system: You are a helpful assistant.
user:
Analyze the provided spectrum to determine if it is a **Carbon Star (C-type)**.

- **Key Visual Indicators of Carbon Star:**
    - **(Primary):** Strong molecular absorption from **C₂ (diatomic carbon) "Swan Bands."** This is the **defining feature** of a carbon star.
        - **(Key Bandheads):** Sharp absorption edges are visible at approximately $5635$ Å, $5165$ Å (the strongest band), and $4737$ Å.
        - **(Line Profile):** Creates a distinct **"saw-tooth"** pattern. The key morphology is a sharp, steep bandhead on the **red (long-wavelength) side**, which then gradually tapers off (i.e., flux recovers) towards the **blue (short-wavelength) side**. *(This is the direct opposite of the TiO bands seen in M-type stars)*.

    - **(Secondary):** Intense **CN (cyanogen)** molecular absorption bands.
        - **(Key Bandheads):** Located in the blue and violet regions of the spectrum (e.g., near $4215$ Å and $3883$ Å).
        - **(Morphology):** These bands are extremely broad and act as a "blanket," absorbing the vast majority of blue and violet light. This creates a characteristic **"cliff"** or **"steep drop-off"** in the spectrum's flux at short wavelengths.

    - **(Key Confirmation):** Strong **CH absorption band (G-band)**.
        - **(Key Bandhead):** Located around $4300$ Å. The contribution from CH molecules to this band is exceptionally strong.

    - **(Overall Spectrum):**
        - The continuum is severely "chopped up" by these deep molecular bands, especially C₂, rather than appearing as a smooth curve.
        - Due to the heavy CN and C₂ absorption in the blue-green, the vast majority of the star's flux is concentrated in the red part of the spectrum, giving the star its characteristic deep red color.

Think first, call **spectral_visualization_tool** if needed to examine features in detail, then provide your final answer. Your response must adhere to the following strict rules:
1.  **Overall Structure:** Your response must follow the format `<think>...</think> <tool_call>...</tool_call> (if a tool is used) <answer>...</answer>`.
2.  **Tool Usage Constraint:** You may only make **one** tool call per turn.
3.  **Final Answer Format:** In the `<answer>` tag, your conclusion must be inside a `\boxed{}` command (e.g., `\boxed{YES}`), followed by your justification.

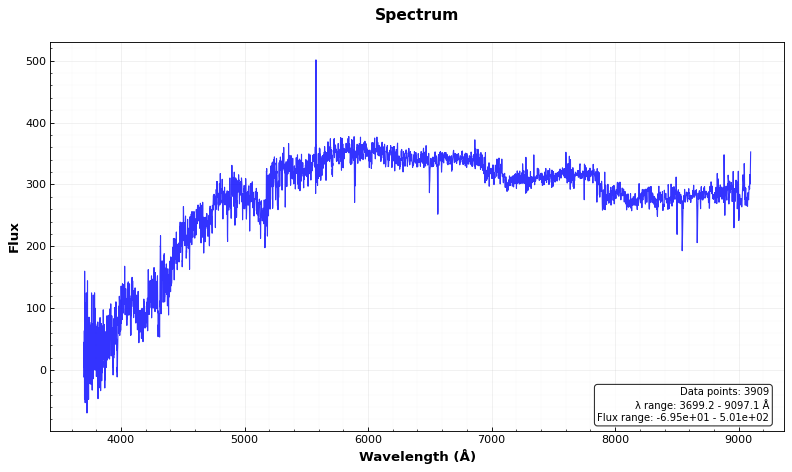
Answer: YES